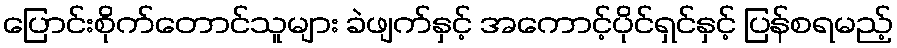
ပြောင်းစိုက်တောင်သူများ ခဲဖျက်နှင့် အကောင့်ပိုင်ရှင်နှင့် ပြန်စရမည့်